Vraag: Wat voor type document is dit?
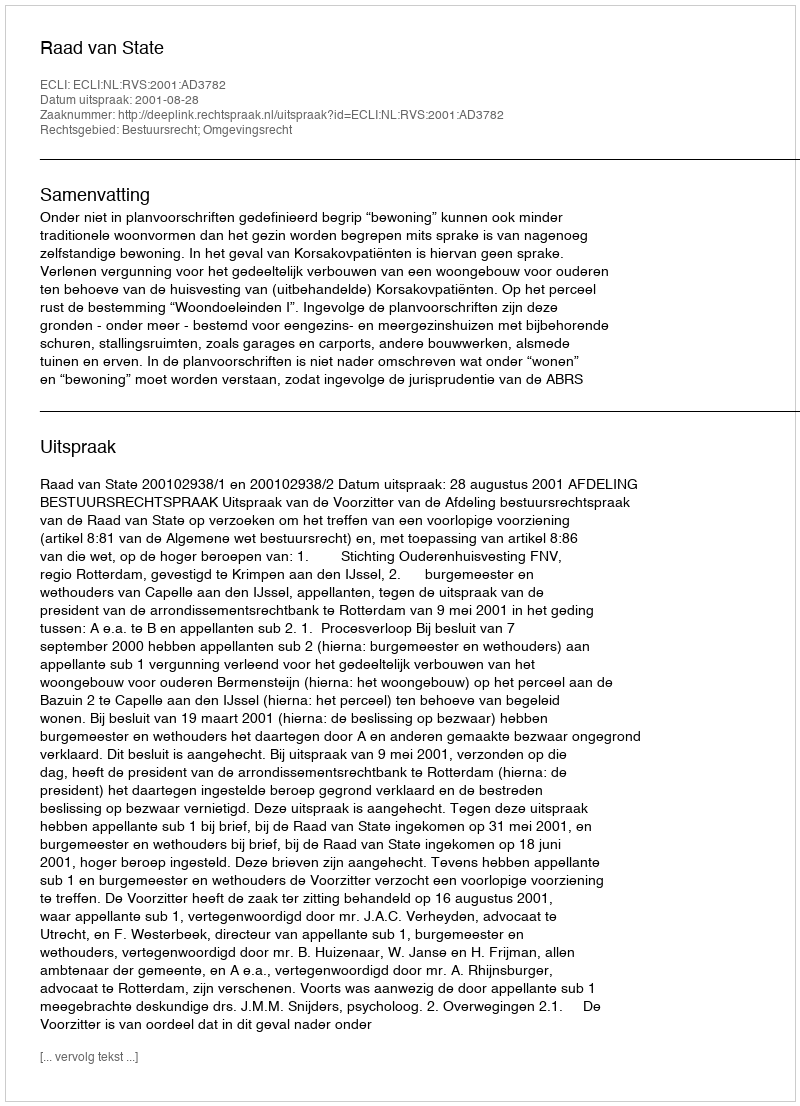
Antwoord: Uitspraak